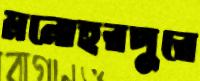
মনোহরপুরে